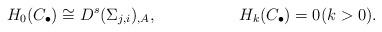
LaTeX: \begin{align*}H_0(C_\bullet) &\cong D^s(\Sigma_{j, i})_{,A},&H_k(C_\bullet) &= 0 (k > 0).\end{align*}